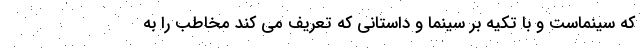
که سینماست و با تکیه بر سینما و داستانی که تعریف می کند مخاطب را به